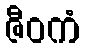
ဇီဝကံ